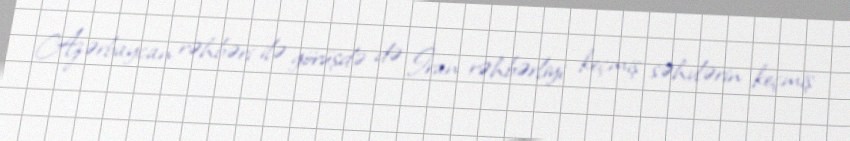
Azərbaycan rəhbəri ilə görüşdə də İran rəhbərliyi keçmiş səhvlərin keçmiş